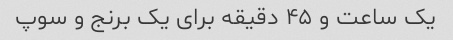
یک ساعت و ۴۵ دقیقه برای یک برنج و سوپ